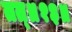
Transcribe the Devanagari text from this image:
तत्॥१३॥